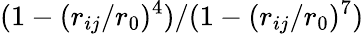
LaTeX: (1-(r_{ij}/r_{0})^{4})/(1-(r_{ij}/r_{0})^{7})